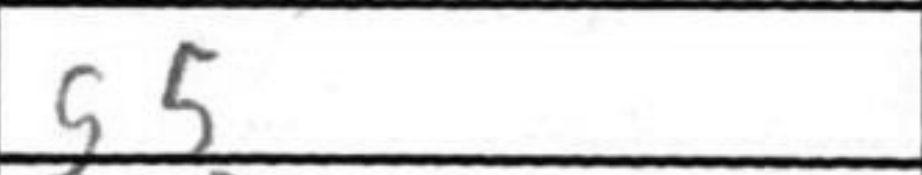
Transcription: g5